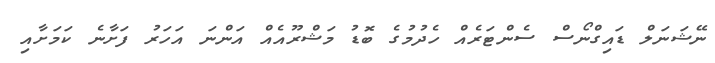
ނޭޝަނަލް ޑައިގްނޯސް ސެންޓަރެއް ހެދުމުގެ ބޮޑު މަޝްރޫއެއް އަންނަ އަހަރު ފަށާނެ ކަމަށާއި